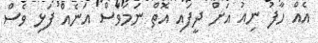
އެއް ހާފު ނިއު އަށް ދީފައި އޮތް ނަމަވެސް އަނެއް ފަޅި ވެސް